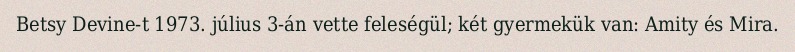
Betsy Devine-t 1973. július 3-án vette feleségül; két gyermekük van: Amity és Mira.